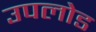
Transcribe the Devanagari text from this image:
उपलोड